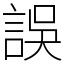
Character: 誤